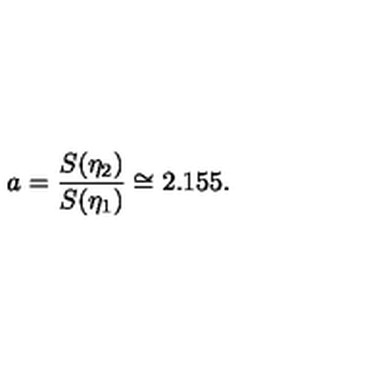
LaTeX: a = \frac { S ( \eta _ { 2 } ) } { S ( \eta _ { 1 } ) } \cong 2 . 1 5 5 .